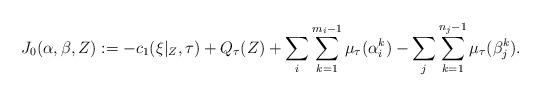
LaTeX: \begin{align*} J_{0}(\alpha,\beta,Z):=-c_{1}(\xi|_{Z},\tau)+Q_{\tau}(Z)+\sum_{i}\sum_{k=1}^{m_{i}-1}\mu_{\tau}(\alpha_{i}^{k})-\sum_{j}\sum_{k=1}^{n_{j}-1}\mu_{\tau}(\beta_{j}^{k}).\end{align*}